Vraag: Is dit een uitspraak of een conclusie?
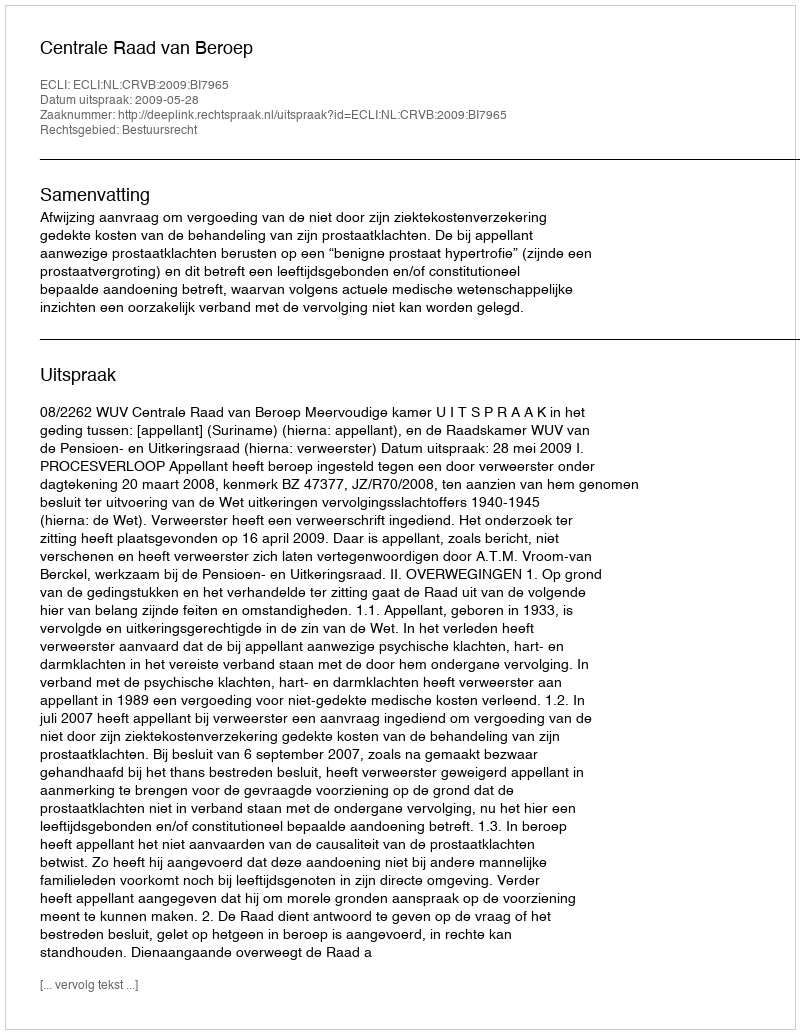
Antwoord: Uitspraak